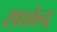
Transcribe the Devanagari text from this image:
राघवेन्‍द्र